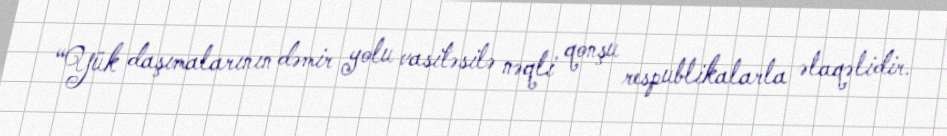
“Yük daşımalarının dəmir yolu vasitəsilə nəqli qonşu respublikalarla əlaqəlidir.